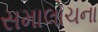
સમાલોચના